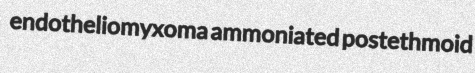
endotheliomyxoma ammoniated postethmoid